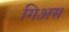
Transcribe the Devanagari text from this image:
गिअस